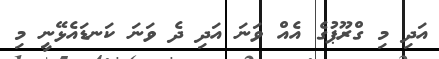
އަދި މި ގްރޫޕުގެ އެއް ވަނަ އަދި ދެ ވަނަ ކަނޑައެޅޭނީ މި